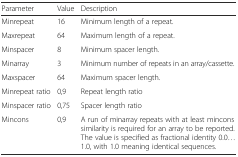
<table><thead><tr><td><b>Parameter</b></td><td><b>Value</b></td><td><b>Description</b></td></tr></thead><tbody><tr><td>Minrepeat</td><td>16</td><td>Minimum length of a repeat.</td></tr><tr><td>Maxrepeat</td><td>64</td><td>Maximum length of a repeat.</td></tr><tr><td>Minspacer</td><td>8</td><td>Minimum spacer length.</td></tr><tr><td>Minarray</td><td>3</td><td>Minimum number of repeats in an array/cassette.</td></tr><tr><td>Maxspacer</td><td>64</td><td>Maximum spacer length.</td></tr><tr><td>Minrepeat ratio</td><td>0,9</td><td>Repeat length ratio</td></tr><tr><td>Minspacer ratio</td><td>0,75</td><td>Spacer length ratio</td></tr><tr><td>Mincons</td><td>0,9</td><td>A run of minarray repeats with at least mincons similarity is required for an array to be reported. The value is specified as fractional identity 0.0... 1.0, with 1.0 meaning identical sequences.</td></tr></tbody></table>